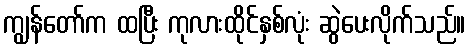
ကျွန်တော်က ထပြီး ကုလားထိုင်နှစ်လုံး ဆွဲပေးလိုက်သည်။